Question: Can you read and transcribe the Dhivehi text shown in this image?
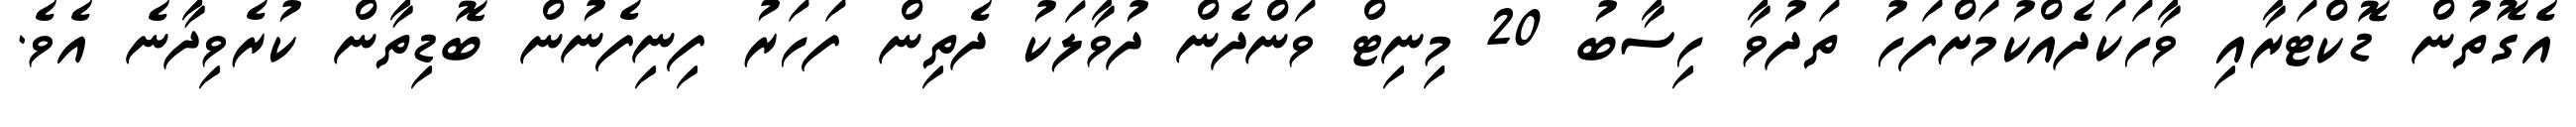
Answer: އެގޮތުން ޑޮކްޓަރާއި ވާހަކަދެއްކުމަށްފަހު ތަދުވާ ހިސާބު 20 މިނިޓް ވަންދެން ދުވާލަކު ދެތިން ފަހަރު ފިނިފެނުން ބޮޑިތާން ކުރެވިދާނެ އެވެ.